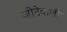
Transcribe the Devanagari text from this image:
जीनेवाली